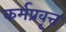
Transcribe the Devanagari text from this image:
कर्मप्रवृत्त